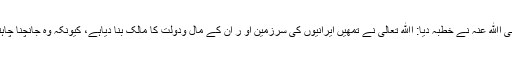
غنائم تقسیم کرنے کے بعدعمر رضی اﷲ عنہ نے خطبہ دیا: اﷲ تعالیٰ نے تمھیں ایرانیوں کی سرزمین او ر ان کے مال ودولت کا مالک بنا دیاہے، کیونکہ وہ جانچنا چاہتا ہے کہ تم کیسے اعمال کرتے ہو۔